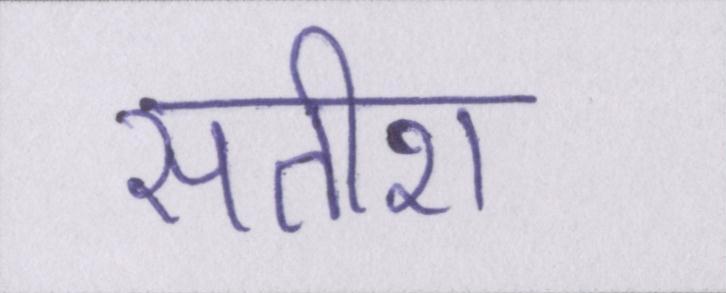
सतीश